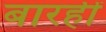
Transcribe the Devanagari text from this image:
बारहीं